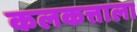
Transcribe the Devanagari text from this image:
कलकत्ताला